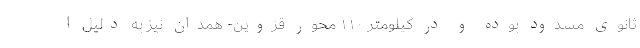
ثانوی مسدود بوده و در کیلومتر ۱۱۰ محور قزوین- همدان نیز به دلیل ا